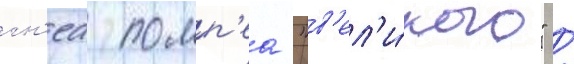
гн'еа помп'еа "в'ел'и́кого" /